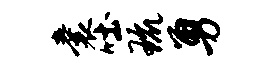
囊吐琉勇